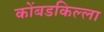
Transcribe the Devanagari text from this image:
कोंबडकिल्ला